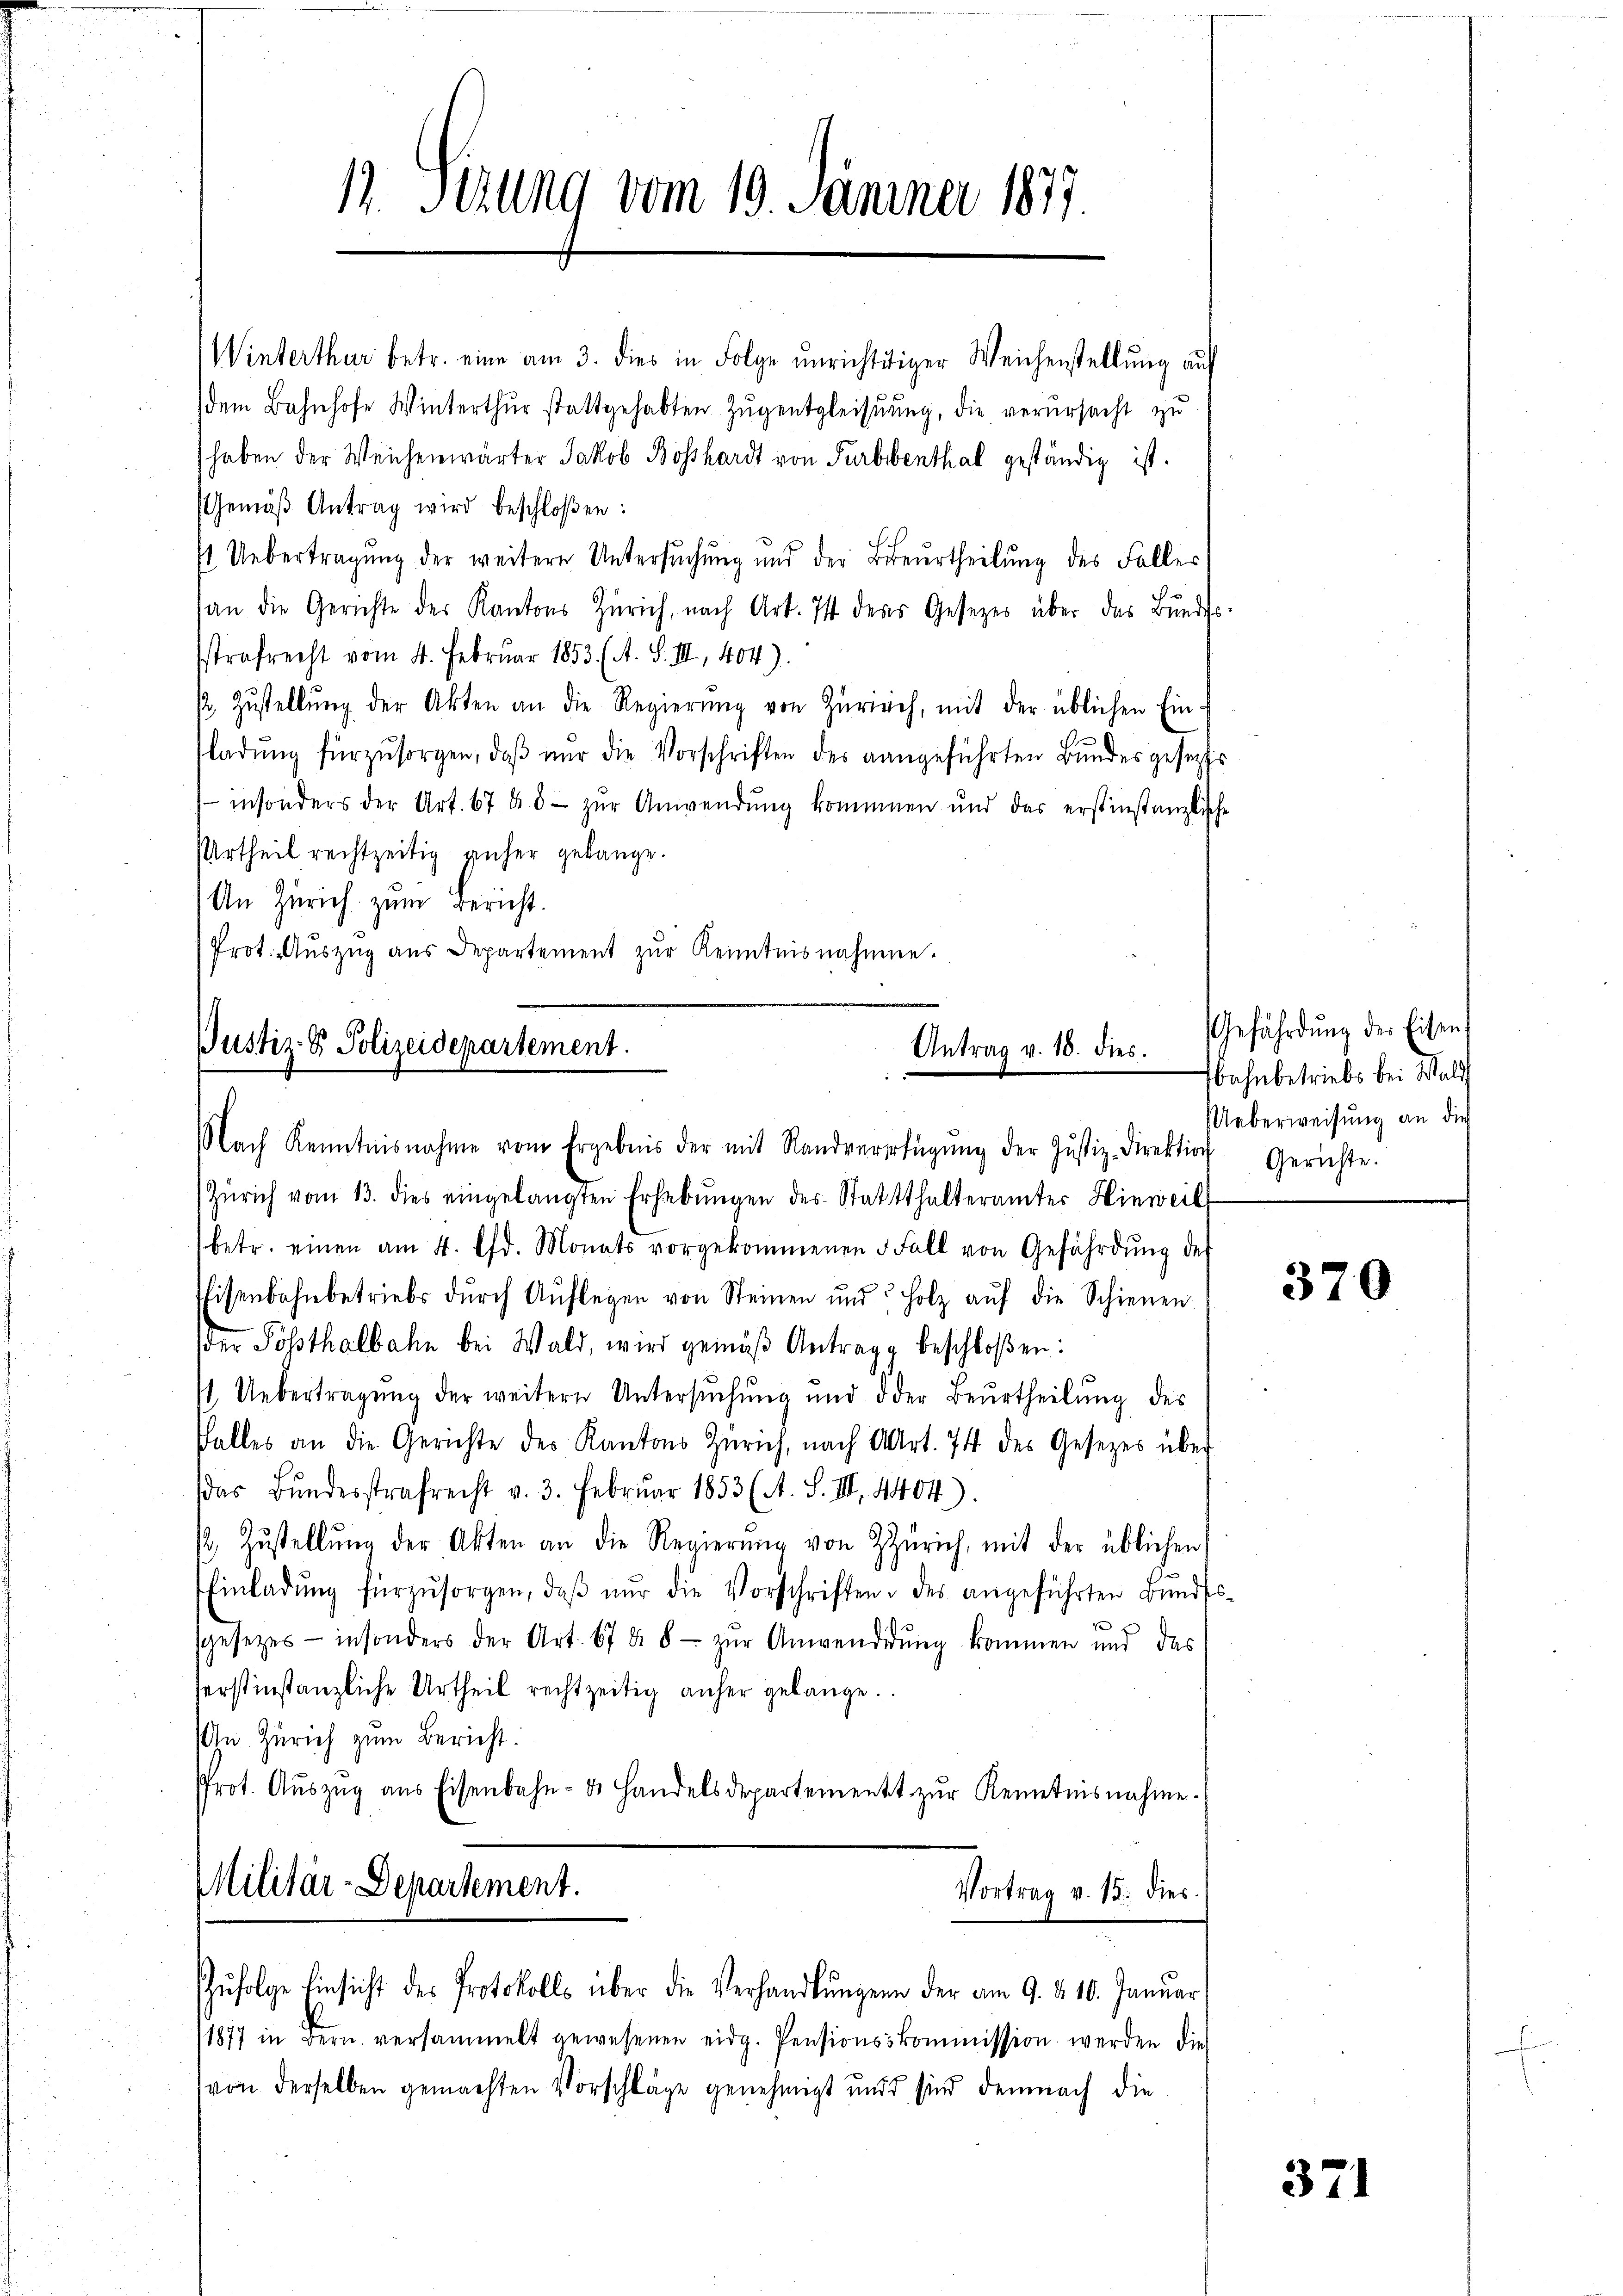
Winterthur betr. eine am 3. dies in Folge ŭnrichtiger Weichenstellŭng auf
dem Bahnhofe Winterthur stattgehabten Zŭgentgleistung, die verursacht zu
haben der Weichenwärter Jakob Boßhardt von Turbebenthal geständig ist.
Gemäβ Antrag wird beschloßen:
st Uebertragung der weitere Untersuchung und der Beurtheilung des Faller
an die Gerichte der Kantons Zürich, nach Art. Ist ders Gesetzes über das Bundes-
sstrafrecht vom 4. Februar 1853. (A. S. III, 404).
1. Zŭstellŭng der Akten an die Regierŭng von Zürich, mit der üblichen Ein-
ladŭng fürzŭsorgen, daβ nŭr die Vorschriften des angeführten Bundesgesetztes
 insonders der Art. 67 65 - zur Anwendung kommen und das erstinstanzlische
Urtheil rechtzeitig anher gelange.
An Zürich zum Bericht.
Prot. Aŭszŭg aŭs Departement zŭr Kenntnisnahmen.

13. Sizung vom 19. Jänner 1877.

Justiz- & Polizeidepartement.
Antrag v. 18. dies

Nach Kenntnisnahme vom Ergebnis der mit Randverfügŭng der Justiz-Direktion Gerichte.
Zürich vom 13. dies eingelangten Erhebŭngen des Statthalteramter Hinweilt
betr. einen am 4. lfd. Monats vorgekommenen 5 Fall von Gefährdŭng des
Eisenbahnbetriebs dŭrch Auflegen von Steinen ŭnd Holz aŭf die Schienen
der Posthalbahn bei Wald, wird gemäß Antragg beschloßen:
st. Uebertragung der weitern Untersŭchŭng und oder Beurtheilŭng des
falles an die Gerichte des Kantons Zürich, nach Art. 74 des Gesetzes über
(das Bundesstrafrecht v. 3. Februar 1853 (A. S. III 4404).
 Zŭstellŭng der Akten an die Regierŭng von Zürich, mit der üblichen
Einladŭng fürzŭsorgen, daβ nŭr die Vorschriften des angeführten Bŭndes-
sgesezes- insonders der Art. 6788- zŭr Anwendigŭng kommen und das
serstinstanzliche Urtheil rechtzeitig anher gelange.
n Zürich zum Bericht:
Prot. Aŭszŭg ans Eisenbahn- u. Handelsdepartement zŭr Kenntnisnahme.
Militär-Departement.
Vortrag v. 15. dies
Zŭfolge Einsicht des Protokolls über die Verhandlŭngen der am 9. d. 10. Januar
1877 in Bern versammelt gewesenen eidg. Pensionskommission werden die
von derselben gemachten Vorschläge genehmigt und sind demnach die

Gefährdung der Eisen
sbahnbetriebs bei Wald
Ueberweisung an die

370

371

J